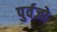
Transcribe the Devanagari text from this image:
पुर्वजो